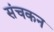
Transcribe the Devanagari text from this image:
संचकन